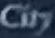
City